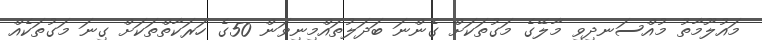
މައުލޫމާތު މުއްސަނދިވި މާލޭގެ މަގުތަކަށް ގެންނަ ބަދަލުތައްމިނިވަން 50ގެ ހަރަކާތްތަކަށް ގިނަ މަގުތަކެއް